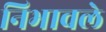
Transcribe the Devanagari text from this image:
निभावले